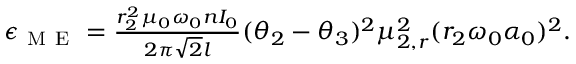
\begin{array} { r } { \epsilon _ { \mathrm { ~ M ~ E ~ } } = \frac { r _ { 2 } ^ { 2 } \mu _ { 0 } \omega _ { 0 } n I _ { 0 } } { 2 \pi \sqrt { 2 } l } ( \theta _ { 2 } - \theta _ { 3 } ) ^ { 2 } \mu _ { 2 , r } ^ { 2 } ( r _ { 2 } \omega _ { 0 } \alpha _ { 0 } ) ^ { 2 } . } \end{array}